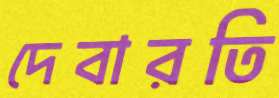
দেবারতি